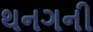
થનગની